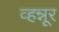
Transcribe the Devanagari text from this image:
व्हन्नूर